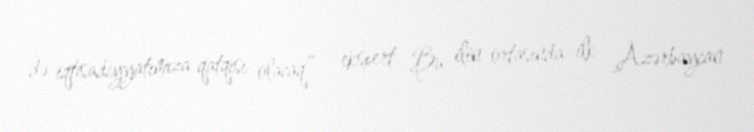
də iqtisadiyyatımıza qatqısı olacaq” - ekspert Bu ilin ortasında ilk Azərbaycan